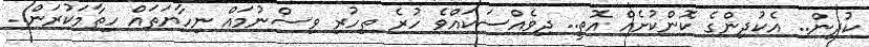
ކުދިން.. އެކުދިންގެ ކޮންކުށެއް އޮތީ.. ދިވެއްސަކައްވެ ހުރެ ތިހުރި ވިސްނުމައް ނިހާޔަތައް ހިތާމަކުރަން..